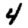
Digit: 4